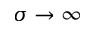
\sigma \to \infty